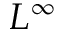
L ^ { \infty }